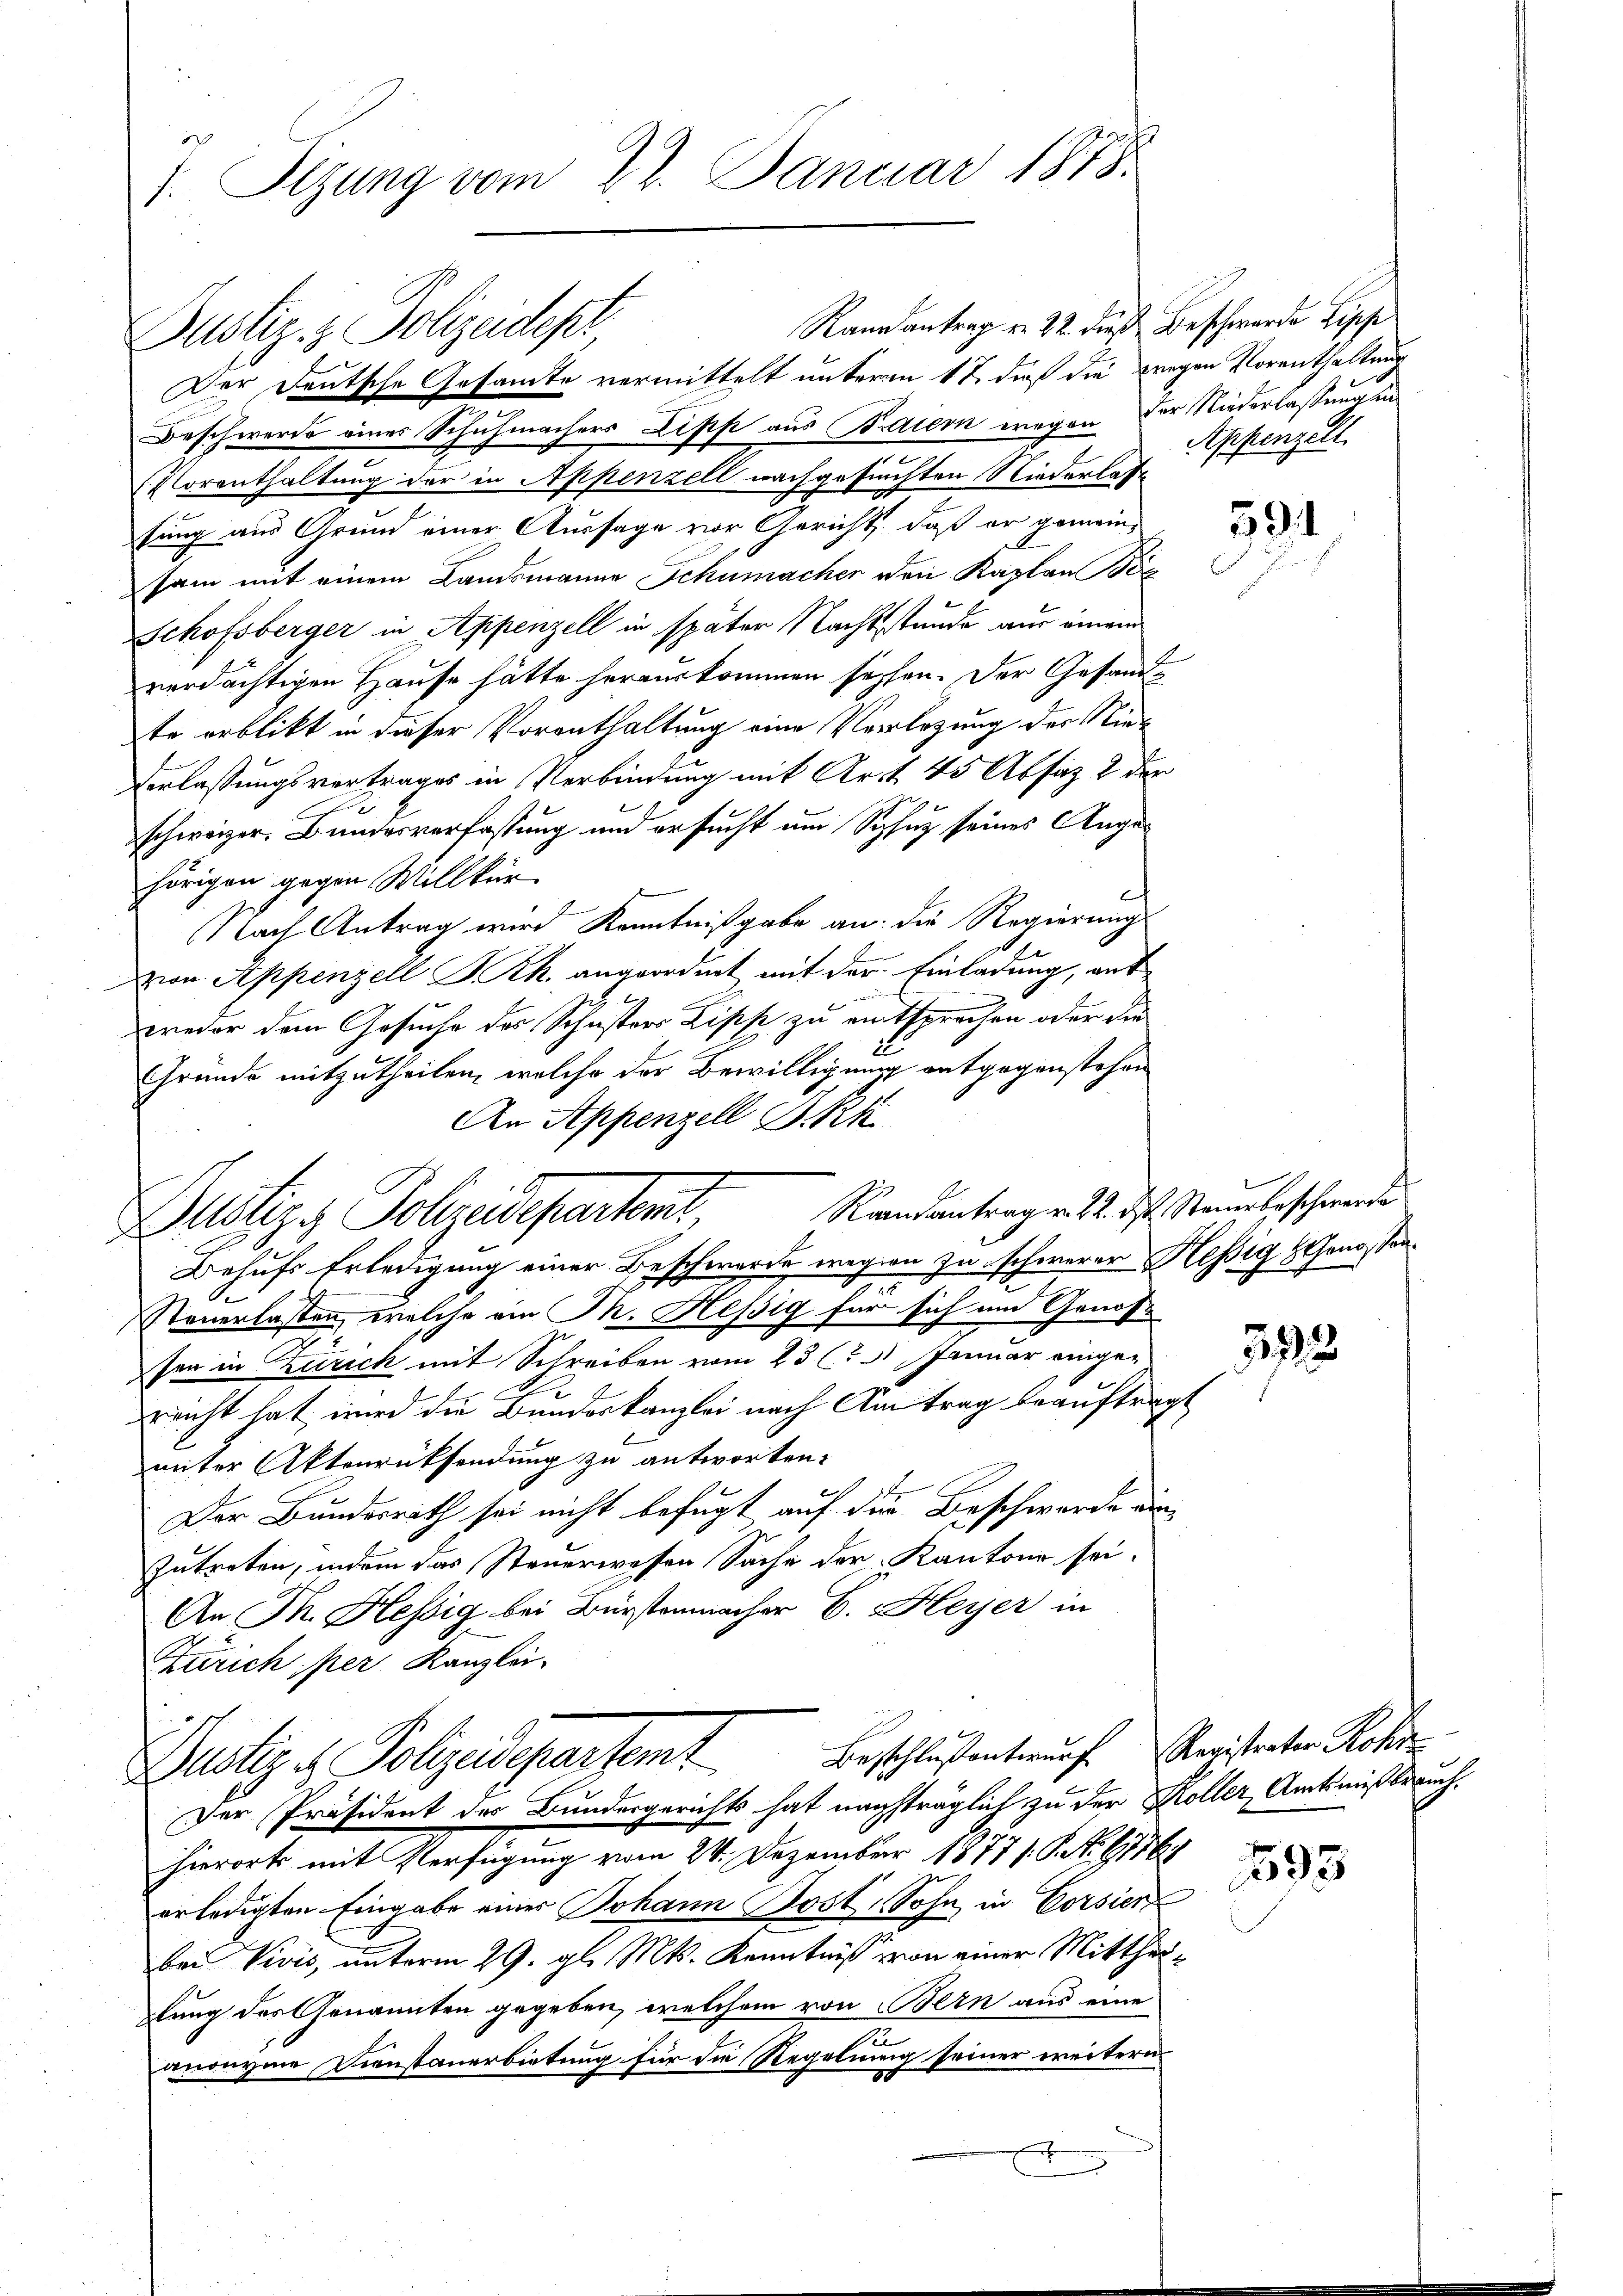
J. Sizung vom 22. Januar 1878.

Der Deutsche Gesamte vermittelt unterm 4ten dieß die wegen Vorenthaltung
Beschwerde eines Schuhmachers Lipp aus Bediern wegen der Niederlassung in
Vorenthaltung der in Appenzell nachgesuchten Niederlasse
tung aus Grund einer Aussage vor Gericht, daß er gemeinsam mit einem Landsmanne Schumacher den Kaplan Bez
Schofsberger in Appenzell in später Nachtsstunde aus einem
verdächtigen Hause hätte herauskommen sechen. Der Gesandte erblickt in dieser Vorenthaltung eine Verlegung der Niede
Verlassungsvertrages in Verbindung mit Art. 45 Absatz 2 der
schweizer. Bundesverfassung und ersucht um Schuz seines Angehörigen gegen Willkür
Nach Antrag wird Kenntnißgabe an die Regierungs-
vin Appenzell Th. angeordnet mit der Einladung, ant
weder dem Gesuche des Schusters Zipp zu entsprechen oder die
Grunde mitzutheilen, welche der Bewilligung entgegenstehen
An Appenzell I.Rh

Justiz- & Polizeidepr

Raneantrag von 22. dieß Beschwerde Lippe

Randantrag v. 12. d. Steuerbeschwerde
Zustiz- Polizeidepartent

Beschlußantwurf Registrater Rohr
Zustiz & Polizeidepartemt

xx
Appenzell

Behufs Erledigung einer Beschwerde wegen zu schwerer Hessig Genossen.
.
Steuerlassen, welche ein Th. Hessig für sich um Genossen in Zürich mit Schreiben vom 23 (S. 31 Januar einge¬
E
reicht hat wird die Bundeskanzlei nach Am trag beauftragt
uiter Aktenrücksendung zu antworten.
Der Bundesrath sei nicht befugt auf der Beschwerde einzutreten, indem das Steuerwesen Sache der Kantons sei.
An Ph. Hessig bei Bürstenmacher C. Heyer in
Zürich per Kanzlei,

Der Präsident des Bundesgerichts hat nachträglich zu der Koller, Amtsmißbrauchhierorts mit Verfügung vom 24. Dezember 1877/. P. Nr. 61767
erledigten Eingabe einer Johann Post Sohn in Corsiert
bei Vivis, unterm 29. gl. Mts. Kenntniß von einer Mittheilung des Genannten gegeben, welchem von Bern aus eine
n
anonyme Dienstanerbietung für die Regelung seiner weitern
9

591

593

593